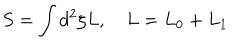
S = \int d ^ { 2 } \zeta L , ~ L = L _ { 0 } + L _ { 1 }